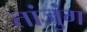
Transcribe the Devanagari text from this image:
तांजुंग